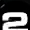
Digit: 2